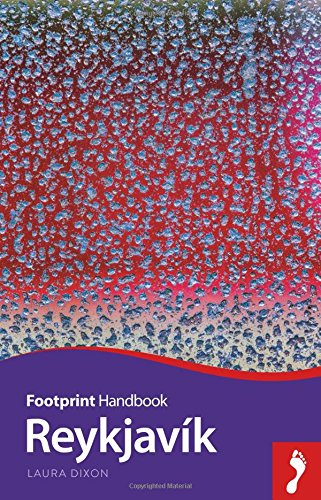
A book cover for ReykjavÃ­k Handbook (Footprint - Handbooks); Laura Dixon; Travel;